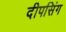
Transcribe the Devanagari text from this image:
दीपसिंग